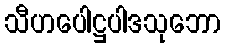
သီဟပေါဋ္ဌပါဒသုဘော